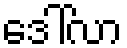
ဒေါ်လာ